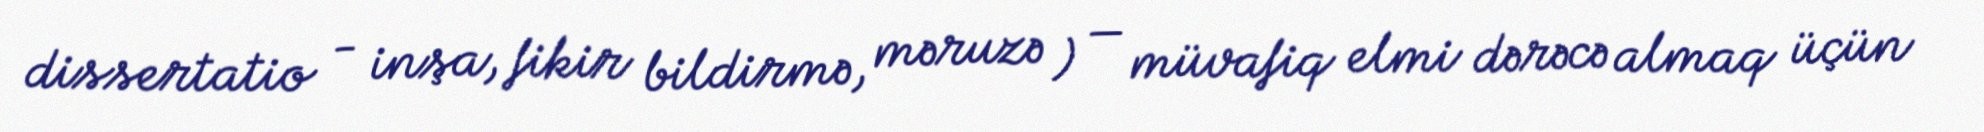
dissertatio - inşa, fikir bildirmə, məruzə ) — müvafiq elmi dərəcə almaq üçün